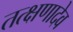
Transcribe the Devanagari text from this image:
तत्क्षणादेव